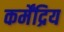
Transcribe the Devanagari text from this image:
कर्मेंद्रिय